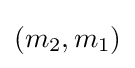
(m_{2},m_{1})